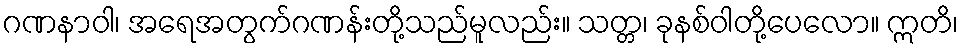
ဂဏနာဝါ၊ အရေအတွက်ဂဏန်းတို့သည်မူလည်း။ သတ္တ၊ ခုနစ်ဝါတို့ပေလော။ ဣတိ၊